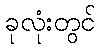
ခုလုံးတွင်